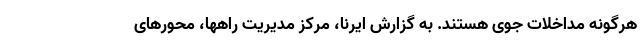
هرگونه مداخلات جوی هستند. به گزارش ایرنا، مرکز مدیریت راهها،‌ محورهای